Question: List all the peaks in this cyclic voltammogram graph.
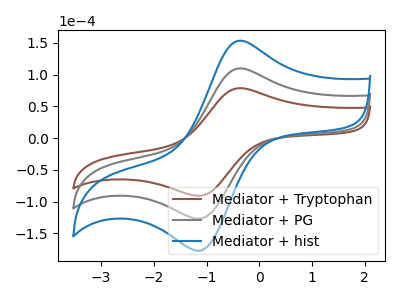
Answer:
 <answer>The brown curve "Mediator + Tryptophan" has an anodic peak at (-0.40V, 78.50uA) and a cathodic peak at (-1.15V, -91.05uA). The gray curve "Mediator + PG" has an anodic peak at (-0.40V, 109.65uA) and a cathodic peak at (-1.15V, -127.20uA). The blue curve "Mediator + hist" has an anodic peak at (-0.40V, 219.35uA) and a cathodic peak at (-1.15V, -254.40uA).</answer>
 <eval></eval>